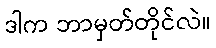
ဒါက ဘာမှတ်တိုင်လဲ။